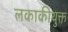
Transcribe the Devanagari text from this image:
लकाकीयुक्त